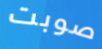
صوبت